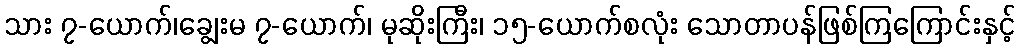
သား ၇-ယောက်၊ချွေးမ ၇-ယောက်၊ မုဆိုးကြီး၊ ၁၅-ယောက်စလုံး သောတာပန်ဖြစ်ကြကြောင်းနှင့်